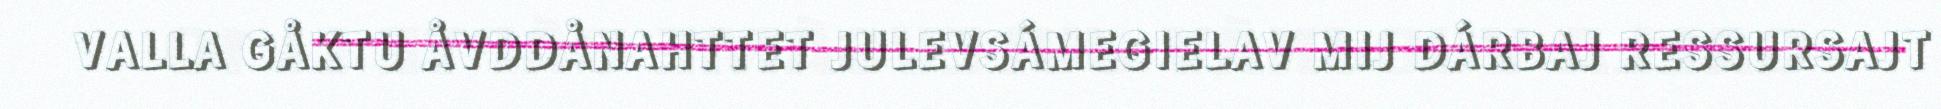
VALLA GÅKTU ÅVDDÅNAHTTET JULEVSÁMEGIELAV MIJ DÁRBAJ RESSURSAJT